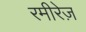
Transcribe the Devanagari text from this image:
रमीरेज़